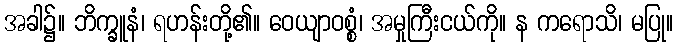
အခါ၌။ ဘိက္ခူနံ၊ ရဟန်းတို့၏။ ဝေယျာဝစ္စံ၊ အမှုကြီးငယ်ကို။ န ကရောသိ၊ မပြု။